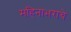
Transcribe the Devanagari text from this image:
महिनाभराचे